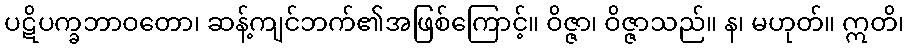
ပဋိပက္ခဘာဝတော၊ ဆန့်ကျင်ဘက်၏အဖြစ်ကြောင့်။ ဝိဇ္ဇာ၊ ဝိဇ္ဇာသည်။ န၊ မဟုတ်။ ဣတိ၊